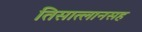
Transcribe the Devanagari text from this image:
तिसात्लानसह